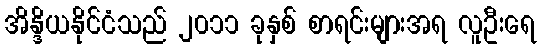
အိန္ဒိယနိုင်ငံသည် ၂၀၁၁ ခုနှစ် စာရင်းများအရ လူဦးရေ